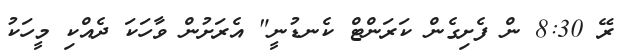
ރޭ 8:30 ން ފެށިގެން ކަރަންޓް ކެނޑުނީ" އެރަށުން ވާހަކަ ދެއްކި މީހަކު